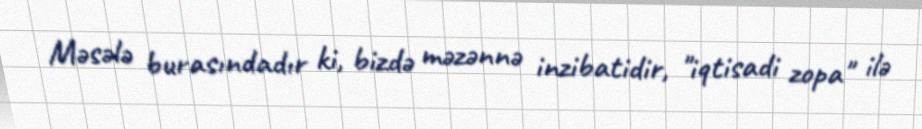
Məsələ burasındadır ki, bizdə məzənnə inzibatidir, "iqtisadi zopa" ilə